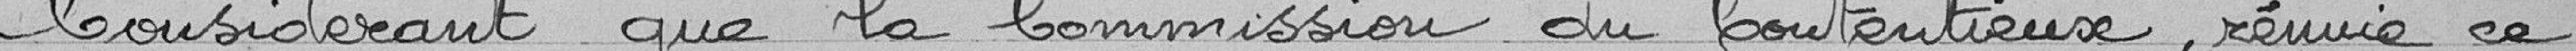
considérant que la commission du contentieux, réunie ce